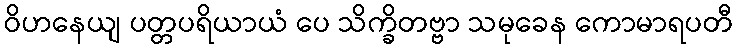
ဝိဟနေယျ ပတ္တပရိယာယံ ပေ သိက္ခိတဗ္ဗာ သမုခေန ကောမာရပတီ